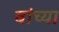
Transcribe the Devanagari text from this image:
वांच्या